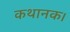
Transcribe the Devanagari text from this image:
कथानक।